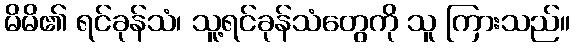
မိမိ၏ ရင်ခုန်သံ၊ သူ့ရင်ခုန်သံတွေကို သူ ကြားသည်။